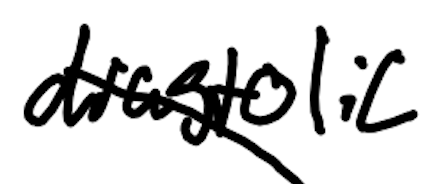
Text: diastolic
Cross-out: diagonal
Writing tool: digital_black